Annual administration and progress report of the Indian Medical Department, Bombay
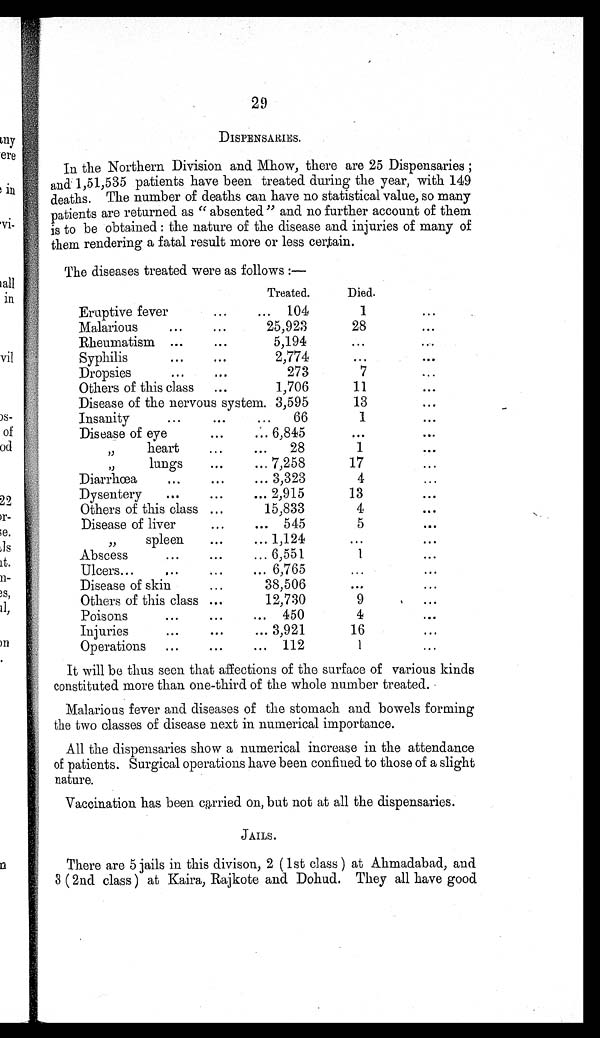
2 9
DISPENSARIES.
In the Northern Division and Mhow, there are 25 Dispensaries ;
and 1,51,535 patients have been treated during the year, with 149
deaths. The number of deaths can have no statistical value, so many
patients are returned as " absented " and no further account of them
is to be obtained : the nature of the disease and injuries of many of
them rendering a fatal result more or less certain.
The diseases treated were as follows :—
Treated.
Died.
Eruptive fever
...
... 104
1
...
Malarious
...
...
25,923
28
...
Rheumatism ...
...
5,194
...
...
Syphilis
...
...
2,774
...
...
Dropsies
...
...
273
7
...
Others of this class
...
1,706
11
...
Disease of the nervous system. 3,595
13
...
Insanity
...
...
...
66
1
...
Disease of eye
...
... 6,845
...
...
, ,
heart
...
...
28
1
...
,,
lungs
...
... 7,258
17
...
Diarrhœa
...
...
... 3,323
4
...
Dysentery
...
...
... 2,915
13
...
Others of this class ...
15,833
4
...
Disease of liver
...
... 545
5
...
,,
spleen
...
... 1,124
...
...
Abscess
...
...
... 6,551
1
...
Ulcers...
...
...
...
6 , 7 6 5
...
...
Disease of skin
...
3 8 , 5 0 6
...
...
Others of this class ...
1 2 , 7 3 0
9
...
Poisons
...
...
... 450
4
...
Injuries
... ...
... 3,921
16
...
Operations
...
...
... 112
1
...
It will be thus seen that affections of the surface of various kinds
constituted more than one-third of the whole number treated.
Malarious fever and diseases of the stomach and bowels forming
the two classes of disease next in numerical importance.
All the dispensaries show a numerical increase in the attendance
of patients. Surgical operations have been confined to those of a slight
nature.
Vaccination has been carried on, but not at all the dispensaries.
JAILS.
There are 5 jails in this divison, 2 (1st class ) at Ahmadabad, and
3 (2nd class ) at Kaira, Rajkote and Dohud. They all have good